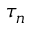
\tau _ { n }